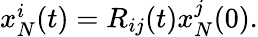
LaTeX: \begin{array}{r}{x_{N}^{i}(t)=R_{ij}(t)x_{N}^{j}(0).}\end{array}